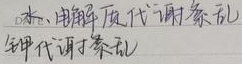
水、电解质代谢紊乱钾代谢紊乱